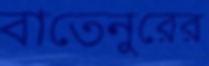
বাতেনুরের